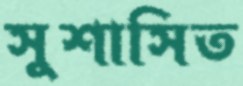
সুশাসিত